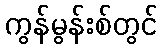
ကွန်မွန်းစ်တွင်